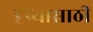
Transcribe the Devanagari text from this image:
दृष्यासाठी